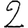
Digit: 2